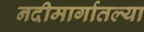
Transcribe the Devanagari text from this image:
नदीमार्गातल्या